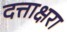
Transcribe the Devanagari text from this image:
दत्ताक्षरा